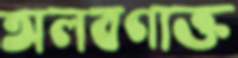
অলবণাক্ত